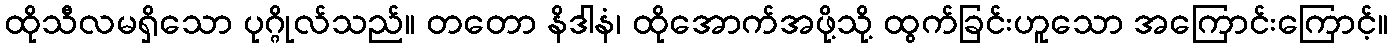
ထိုသီလမရှိသော ပုဂ္ဂိုလ်သည်။ တတော နိဒါနံ၊ ထိုအောက်အဖို့သို့ ထွက်ခြင်းဟူသော အကြောင်းကြောင့်။